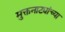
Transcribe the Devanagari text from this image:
मुक्तनाट्यांच्या